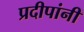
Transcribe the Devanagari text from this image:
प्रदीपांनी